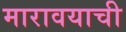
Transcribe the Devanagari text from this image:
मारावयाची